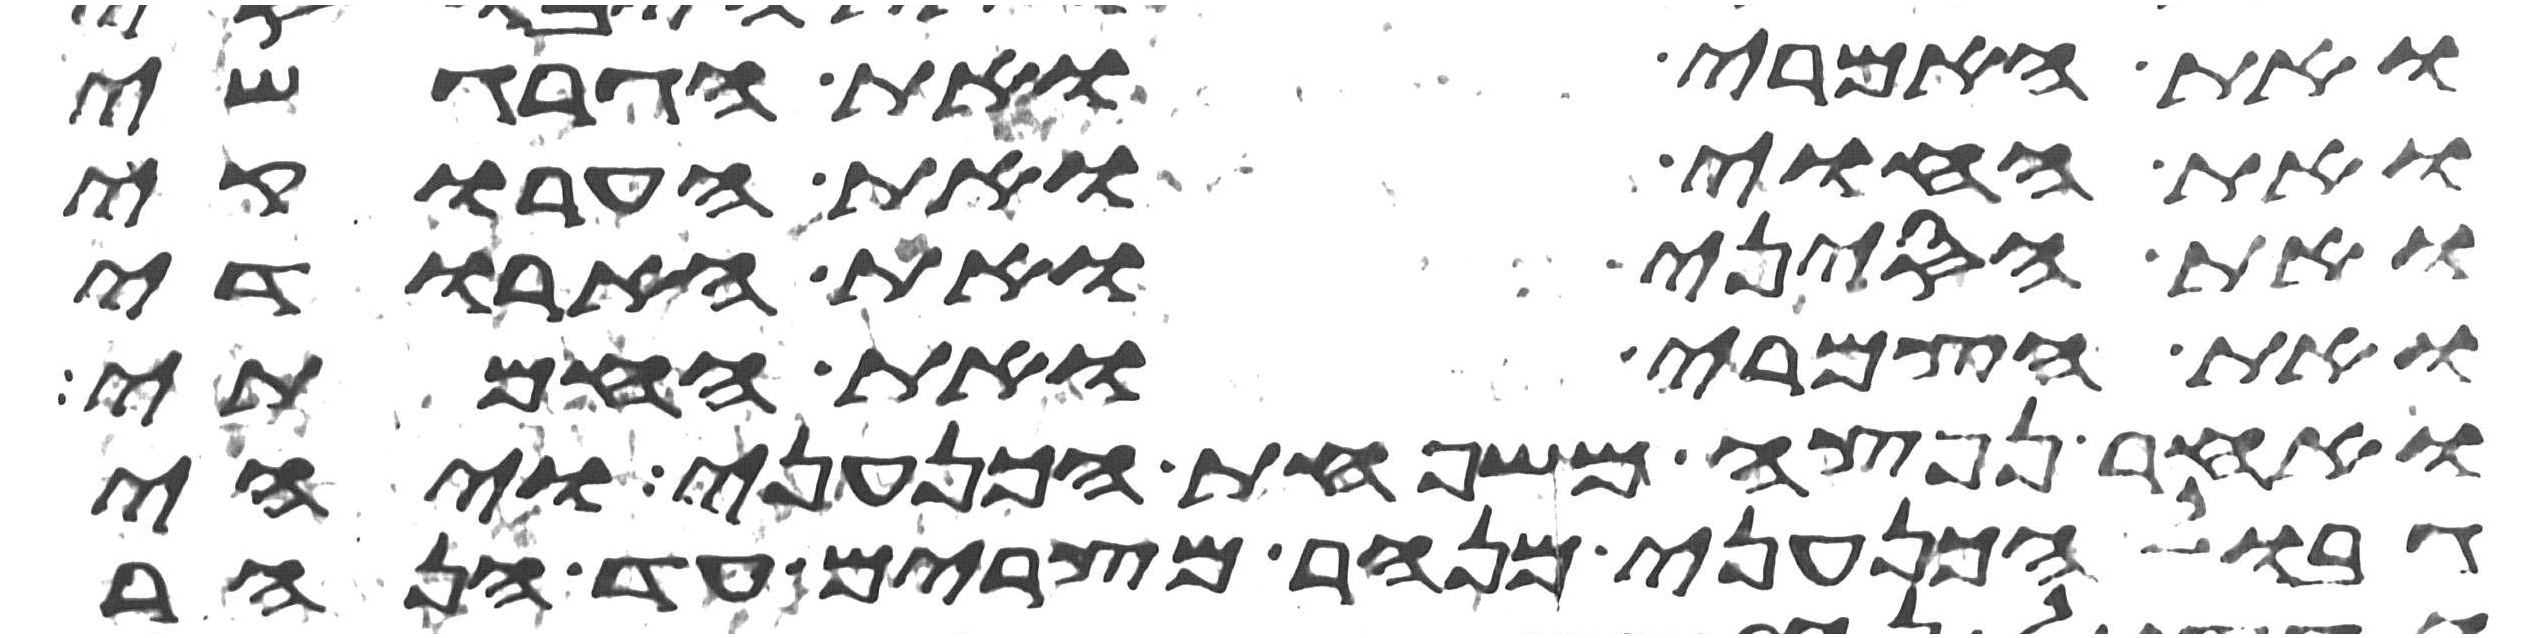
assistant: ואת האמרי ואת הגרגשי
ואת החוי ואת הערוקי
ואת הסיני ואת הארודי
ואת הצמרי ואת החמתי
ואחר נפצה משפחת הכנעני ויהי
גבול הכנעני מנהר מצרים עד הנהר